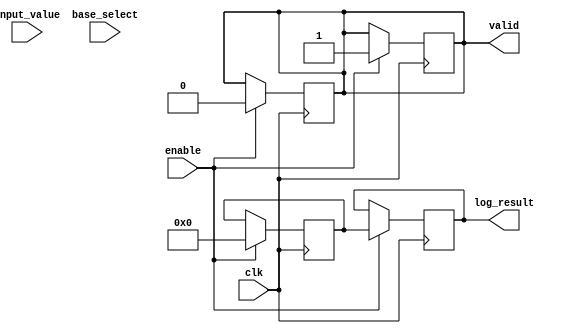
module LogarithmFunctionGenerator (
    input wire clk,                // Clock signal
    input wire enable,             // Enable signal for computation
    input wire [31:0] input_value, // Input value (positive real number in fixed-point format)
    input wire [1:0] base_select,  // Base selection: 00 = base 2, 01 = base 10, 10 = natural log
    output reg [31:0] log_result,  // Logarithm result (fixed-point format)
    output reg valid               // Valid signal indicating output is ready
);

    // Internal signals
    reg [31:0] conditioned_input;   // Conditioned input value
    reg [31:0] log_temp;             // Temporary variable for logarithm calculation

    // Input Conditioning Block
    always @(posedge clk) begin
        if (enable) begin
            // Ensure input is positive and within range (simple check)
            if (input_value > 0) begin
                conditioned_input <= input_value; // Acceptable input
                valid <= 0; // Reset valid signal
            end else begin
                conditioned_input <= 32'b0; // Invalid input, set to zero
                valid <= 0; // Invalid output
            end
        end
    end

    // Logarithm Calculation Block (simplified)
    always @(posedge clk) begin
        if (enable) begin
            case (base_select)
                2'b00: begin
                    // Base 2 logarithm calculation (placeholder)
                    log_temp <= log2(conditioned_input);
                end
                2'b01: begin
                    // Base 10 logarithm calculation (placeholder)
                    log_temp <= log10(conditioned_input);
                end
                2'b10: begin
                    // Natural logarithm calculation (placeholder)
                    log_temp <= ln(conditioned_input);
                end
                default: begin
                    log_temp <= 32'b0; // Default case
                end
            endcase
            log_result <= log_temp; // Store result
            valid <= 1; // Set valid signal
        end
    end

    // Placeholder functions for logarithm calculations
    function [31:0] log2(input [31:0] x);
        // Implement log2 calculation here (e.g., CORDIC, Taylor series, etc.)
        log2 = 32'b0; // Placeholder
    endfunction

    function [31:0] log10(input [31:0] x);
        // Implement log10 calculation here
        log10 = 32'b0; // Placeholder
    endfunction

    function [31:0] ln(input [31:0] x);
        // Implement natural logarithm calculation here
        ln = 32'b0; // Placeholder
    endfunction

endmodule